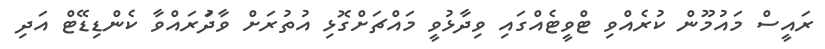
ރައީސް މައުމޫން ކުރެއްވި ޓްވީޓެއްގައި ވިދާޅުވީ މައްޗަށްގޮޅި އުތުރަށް ވާދަުރައްވާ ކެންޑިޑޭޓް އަދި